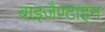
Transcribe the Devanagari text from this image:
बाइजैण्टाइन